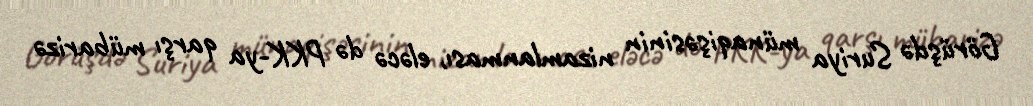
Görüşdə Suriya münaqişəsinin nizamlanması, eləcə də PKK-ya qarşı mübarizə